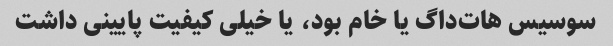
سوسیس هات‌داگ یا خام بود، یا خیلی کیفیت پایینی داشت